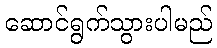
ဆောင်ရွက်သွားပါမည်